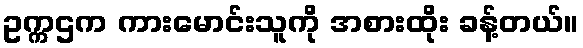
ဥက္ကဌက ကားမောင်းသူကို အစားထိုး ခန့်တယ်။